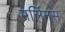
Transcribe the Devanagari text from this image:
मर्लिनस